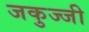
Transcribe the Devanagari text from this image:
जकुज्जी